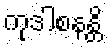
ကုဒါစနန္တိ